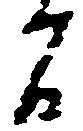
間